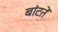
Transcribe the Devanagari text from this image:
बांटतें